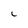
Character: c